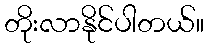
တိုးလာနိုင်ပါတယ်။